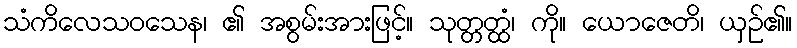
သံကိလေသဝသေန၊ ၏ အစွမ်းအားဖြင့်။ သုတ္တတ္ထံ၊ ကို။ ယောဇေတိ၊ ယှဉ်၏။